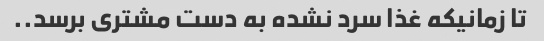
تا زمانیکه غذا سرد نشده به دست مشتری برسد..